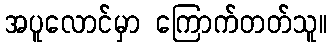
အပူလောင်မှာ ကြောက်တတ်သူ။